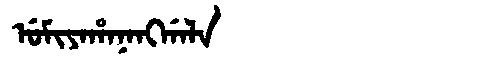
Manchu: ᡠᠮᡳᠶᠠᡥᠠᠨᠠᠩᡤᠠᠯᠠ
Romanization: UMIYAHANANGGALA